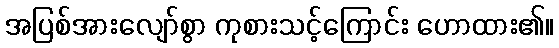
အပြစ်အားလျော်စွာ ကုစားသင့်ကြောင်း ဟောထား၏။